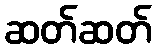
ဆတ်ဆတ်